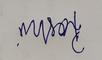
Signature authenticity: forged